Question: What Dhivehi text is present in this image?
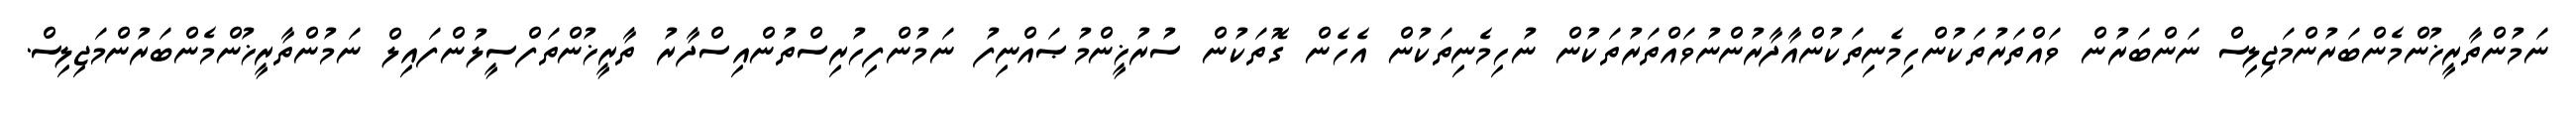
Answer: ނަމުންތާރީޚުންމެންބަރުންމަޖިލިސް ނަންބަރުން ވައްތަރުތަކުންހިމެނިތަކުންއާދާރުންނުވައްތަރުތަކުން ނުހިމެނިތަކުން އެހެން ގޮތަކުން ސުރުޚީންމުޞައްނިފު ނަމުންފިހުރިސްތުންއިސްދާރު ތާރީޚުންތަފްސީލުންފައިލް ނަމުންތާރީޚުންމެންބަރުންމަޖިލިސް.